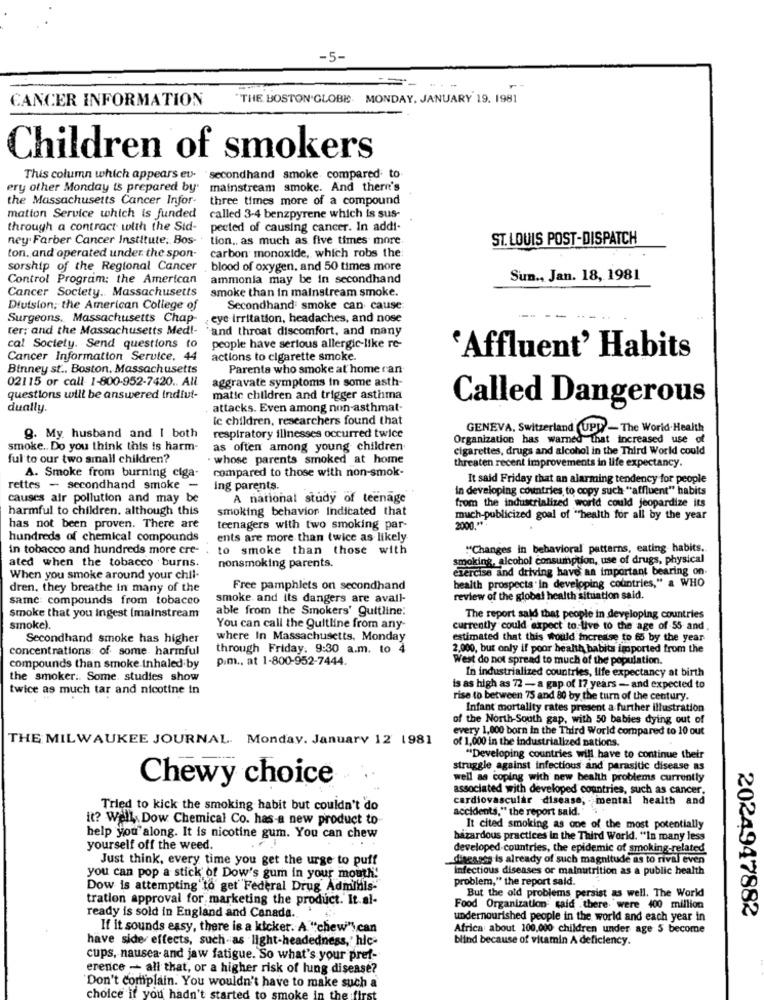
-5-
===
CANCER INFORMATION
"THE BOSTON GLOBE. MONDAY, JANUARY 19. 1981
Children of smokers
This column which appears eu- secondhand smoke. compared to
ery other Monday is prepared by' mainstream smoke. And there's
the Massachusetts Cancer Infor-
three times more of a compound
mation Service which is funded
called 3-4 benzpyrene which is sus-
through a contract with the Sid-
pected of causing cancer. In addi-
ney Farber Cancer Institute: Bos- tion. as much as five times more
ST. LOUIS POST-DISPATCH
ton, and operated under the spon-
carbon monoxide, which robs the
sorship of the Regional Cancer
. blood of oxygen, and 50 times more
Control Program: the American
ammonia may be in secondhand
Sun ., Jan. 18, 1981
Cancer Society .. Massachusetts
smoke than in mainstream smoke.
Division, the American College of
Secondhand smoke can cause:
Surgeons, Massachusetts Chap- eye irritation, headaches, and nose
ter; and the Massachusetts Med !-
`and throat discomfort, and many
cal Society. Send questions to
people have serious allergic-like re-
Cancer Information Service. 44
actions to cigarette smoke.
'Affluent' Habits
Binney st .. Boston, Massachusetts
Parents who smoke at home ran
02115 or call 1-800-952-7420 .. All
aggravate symptoms in some asth-
questions will be answered indiut-
matic children and trigger asthma
Called Dangerous
dually.
attacks. Even among non-asthmat-
ic children, researchers found that
GENEVA, Switzerland UPW - The World Health
9. My husband and I both
respiratory illnesses occurred twice
Organization has warned that increased use of
smoke .. Do you think this is harm-
as often among young children
cigarettes, drugs and alcohol in the Third World could
ful to our two small children?
whose parents smoked at home
threaten recent improvements in life expectancy.
compared to those with non-smok-
A. Smoke from burning ciga-
It said Friday that an alarming tendency for people
rettes - secondhand smoke -
ing parents.
In developing countries to copy such "affluent" habits
causes air pollution and may be
A national study of teenage
harmful to children. although this
smoking behavior Indicated that
from the industrialized world could jeopardize its
much-publicized goal of "health for all by the year
has not been proven. There are
teenagers with two smoking par-
2000 .**
hundreds of chemical compounds
ents are more than twice as likely
in tobacco and hundreds more cre-
to smoke than those with
"Changes in behavioral patterns, eating habits.
ated when the tobacco burns.
smoking, alcohol consumption, use of drugs, physical
nonsmoking parents.
exercise and driving have an important bearing on-
When you smoke around your chil-
dren, they breathe in many of the
Free pamphlets on secondhand
health prospects in developing countries," a WHO
same: compounds from tobacco
smoke and its dangers are avail-
review of the global health situation said.
able from the Smokers' guitline:
smoke that you ingest (mainstream
The report sald that people in developing countries
smoke).
You can call the guitline from any-
currently could expect to live to the age of 55 and
Secondhand smoke has higher
where In Massachusetts, Monday
estimated that this would increase to 65 by the year
concentrations: of some. harmful
through Friday. 9:30 a.m. to 4
2.000, but only if poor health habits imported from the
p.m ., at 1-800-952-7444.
West do not spread to much of the population.
compounds than smoke Inhaled by
the smoker .. Some. studies show
In industrialized countries, life expectancy at birth
twice as much tar and nicotine in
is as high as 72 - a gap of 17 years - and expected to
rise to between 75 and 80 by the turn of the century.
Infant mortality rates present a further illustration
of the North-South gap, with 50 babies dying out of
every 1,000 born in the Third World compared to 10 out
THE MILWAUKEE JOURNAL. Monday. January 12 1981
of 1,000 in the industrialized nations.
"Developing countries will have to continue their
struggle against infectious and parasitic disease as
Chewy choice
well as coping with new health problems currently
associated with developed countries, such as cancer.
cardiovascular disease; mental health and
Tried to kick the smoking habit but couldn't do
accidents," the report said."
it? Well, Dow Chemical Co. has-a new product to
It cited smoking as one of the most potentially
help you along. It is nicotine gum. You can chew
hazardous practices in the Third World. "In many less
yourself off the weed.
developed countries, the epidemic of smoking-related
Just think, every time you get the urge to puff
diseases is already of such magnitude as to rival even
infectious diseases or malnutrition as a public health
you can pop a stick of Dow's gum in your mouth!
problem," the report sald.
Dow is attempting to get Federal Drug Adminis-
tration approval for marketing the product. It.al-
But the old problems persist as well. The World
Food Organization: said there were 400 million
2024947882
ready is sold in England and Canada ..
undernourished people in the world and each year in
If it sounds easy, there is a kicker. A. "chew"s can
Africa about 100,000 children under age 5 become
have side effects, such as light-headedness,' hic-
blind because of vitamin A deficiency.
cups, nausea- and jaw fatigue. So what's your pref-
erence - all that, or a higher risk of lung disease?
Don't complain. You wouldn't have to make such a
choice if you hadn't